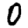
Digit: 0